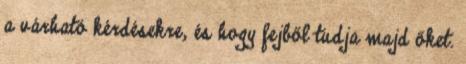
a várható kérdésekre, és hogy fejből tudja majd őket.